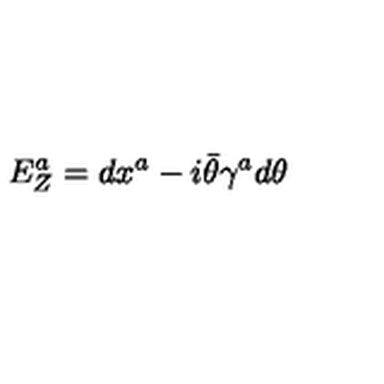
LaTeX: E _ { Z } ^ { a } = d x ^ { a } - i \bar { \theta } \gamma ^ { a } d \theta